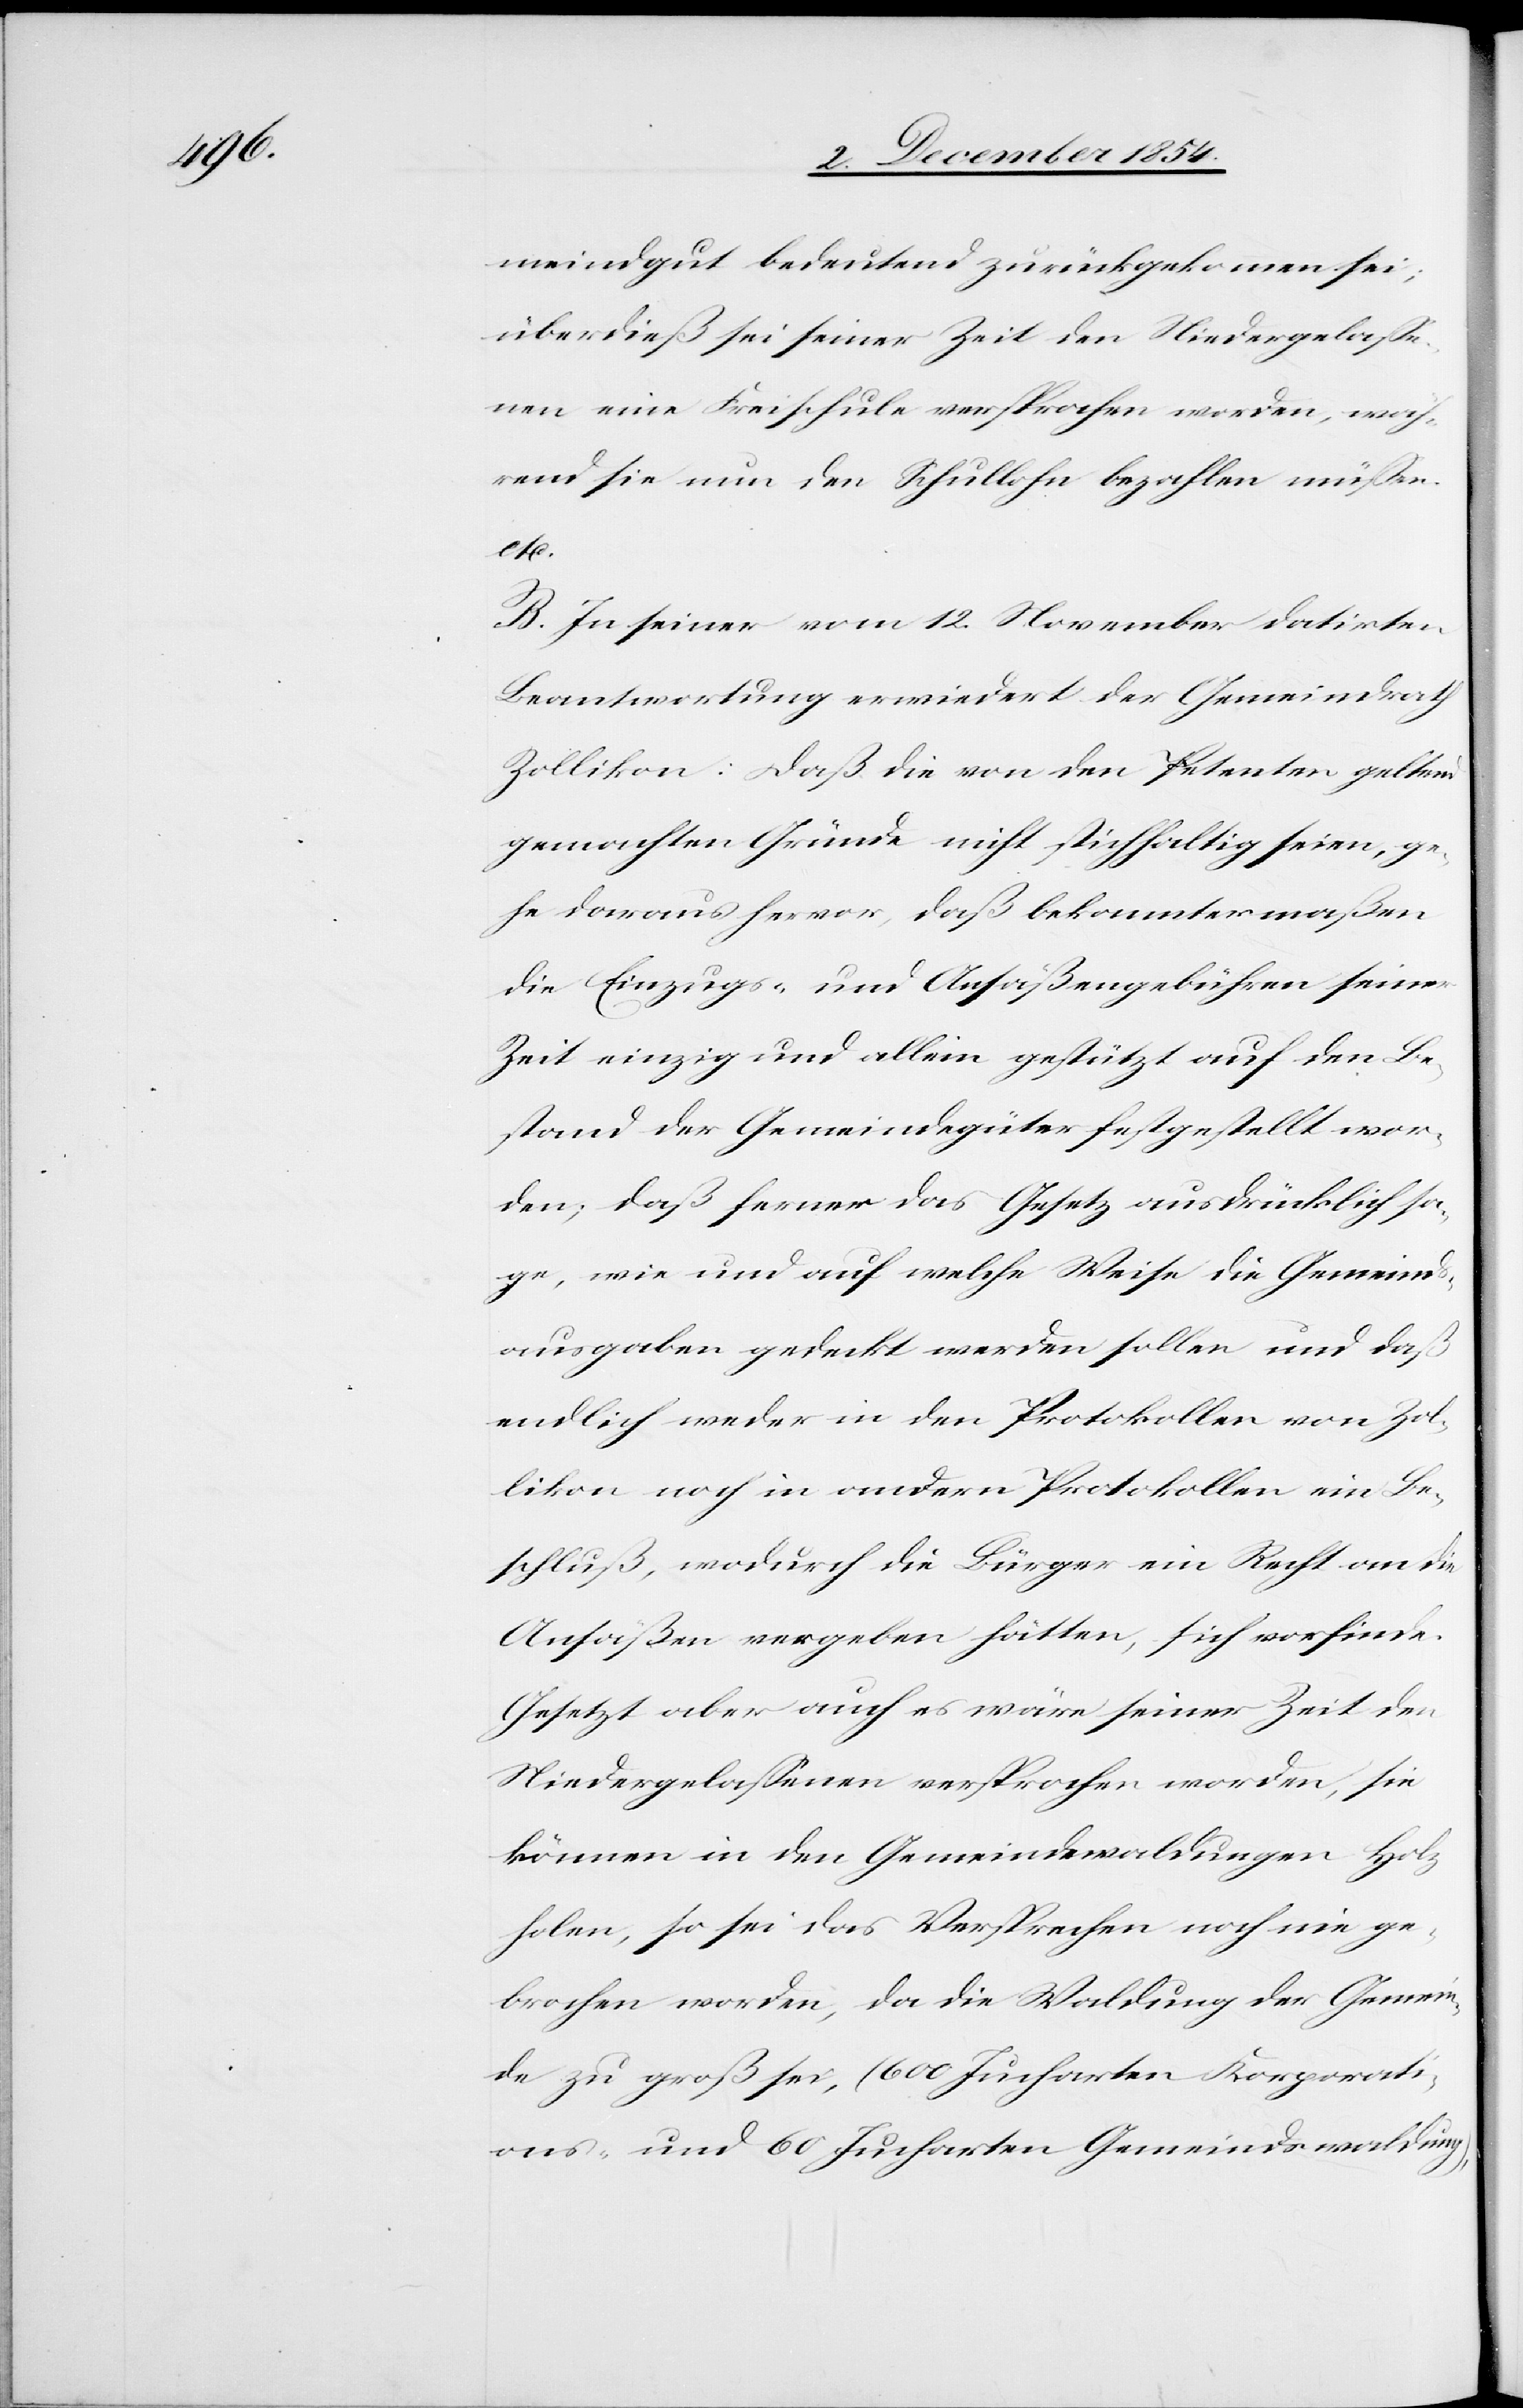
meindgut bedeutend zurückgekommen sei;
überdieß sei seiner Zeit den Niedergelaße¬
nen eine Freischule versprochen worden, wäh¬
rend sie nun den Schullohn bezahlen müßen.
etc.
B. In seiner vom 12. November datirten
Beantwortung erwiedert der Gemeindrath
Zollikon: Daß die von den Petenten geltend
gemachten Gründe nicht stichhaltig seien, ge¬
he daraus hervor, daß bekanntermaßen
die Einzugs- und Ansäßengebühren seiner
Zeit einzig und allein gestützt auf den Be¬
stand der Gemeindegüter festgestellt wor¬
den; daß ferner das Gesetz ausdrücklich sa¬
ge, wie und auf welche Weise die Gemeinds¬
ausgaben gedeckt werden sollen und daß
endlich weder in den Protokollen von Zol¬
likon noch in andern Protokollen ein Be¬
schluß, wodurch die Bürger ein Recht an die
Ansäßen vergeben hätten, sich vorfinde.
Gesetzt aber auch es wäre seiner Zeit den
Niedergelaßenen versprochen worden, sie
können in den Gemeindewaldungen Holz
holen, so sei das Versprechen noch nie ge¬
brochen worden, da die Waldung der Gemein¬
de zu groß sei, (600 Jucharten Korporati¬
ons- und 60 Jucharten Gemeindswaldung),